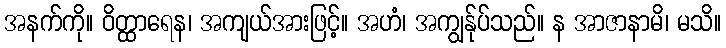
အနက်ကို။ ဝိတ္ထာရေန၊ အကျယ်အားဖြင့်။ အဟံ၊ အကျွန်ုပ်သည်။ န အာဇာနာမိ၊ မသိ။